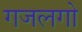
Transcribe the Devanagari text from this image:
गजलगो